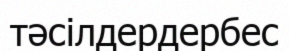
тәсілдердербес